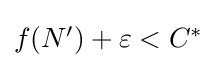
{\textstyle f(N')+\varepsilon <C^{*}}